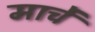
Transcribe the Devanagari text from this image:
मार्चें